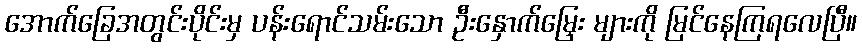
အောက်ခြေအတွင်းပိုင်းမှ ပန်းရောင်သမ်းသော ဦးနှောက်မြှေး များကို မြင်နေကြရလေပြီ။